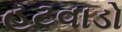
હટવાડો